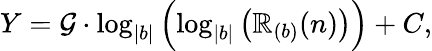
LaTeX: Y=\mathcal{G}\cdot\log_{|b|}\left(\log_{|b|}\left(\mathbb{R}_{(b)}(n)\right)\right)+C,